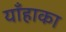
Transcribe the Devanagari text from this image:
याँहाका